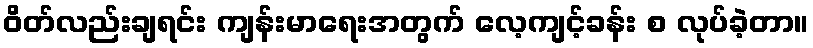
ဝိတ်လည်းချရင်း ကျန်းမာရေးအတွက် လေ့ကျင့်ခန်း စ လုပ်ခဲ့တာ။